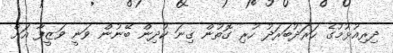
ދިރިއުޅުމުގެ ހަރަދުބަރަދު ހުރި ގޮތުން ގިނަ ކުދިން ބޭނުން ވަނީ ވަޒީފާ އަށް